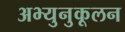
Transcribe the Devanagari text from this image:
अभ्युनुकूलन